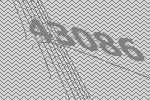
43086